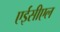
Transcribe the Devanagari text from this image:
एईसीएल